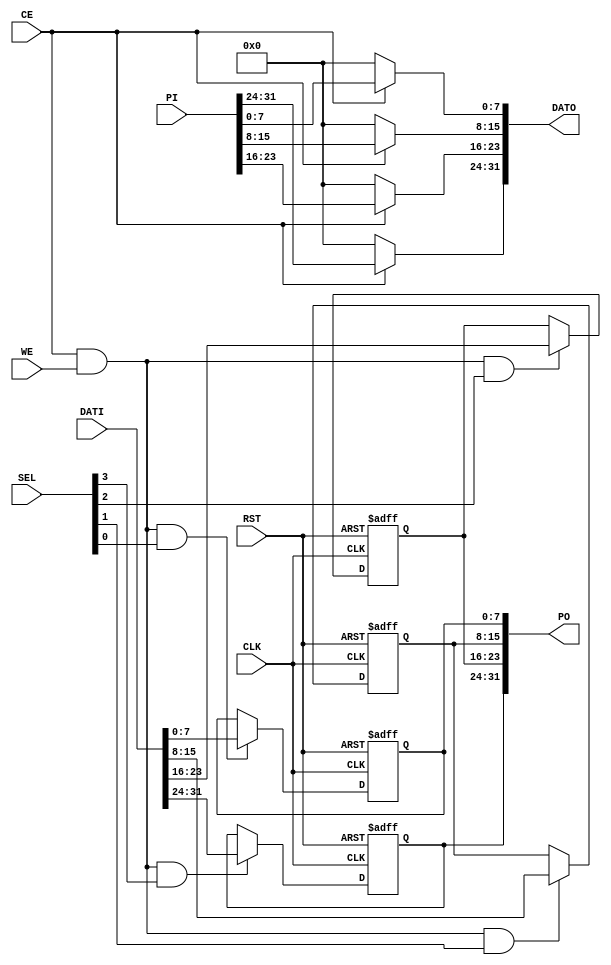
module pio (
               CLK, RST, 
               CE, WE, SEL, 
               DATI, DATO,
               PI, PO
           );

//-------------------
// Module I/O Signals
//-------------------
    input CLK;          // clock
    input RST;          // reset
    input CE;           // chip enable
    input WE;           // write enable (read = 0, write = 1)
    input [3:0]SEL;     // data valid position
    input [31:0] DATI;  // write data
    output [31:0] DATO; // read data
    input  [31:0] PI;   // PORT input
    output [31:0] PO;   // PORT output

//-----------------
// Internal Signals
//-----------------
    reg    [31:0] PIODATA;
    reg    [31:0] DATO;
    wire   [31:0] PO;

    assign PO = PIODATA;
 
//----------------------
// PIODATA R/W Operation
//----------------------
    always @(posedge CLK or posedge RST) begin
        if (RST == 1'b1)
            PIODATA[31:24] <= 8'h00;
        else if ((CE == 1'b1) && (WE == 1'b1) && (SEL[3] == 1'b1))
            PIODATA[31:24] <= DATI[31:24];
    end
    
    always @(posedge CLK or posedge RST) begin
        if (RST == 1'b1)
            PIODATA[23:16] <= 8'h00;
        else if ((CE == 1'b1) && (WE == 1'b1) && (SEL[2] == 1'b1))
            PIODATA[23:16] <= DATI[23:16];
    end
    
    always @(posedge CLK or posedge RST) begin
        if (RST == 1'b1)
            PIODATA[15: 8] <= 8'h00;
        else if ((CE == 1'b1) && (WE == 1'b1) && (SEL[1] == 1'b1))
            PIODATA[15: 8] <= DATI[15: 8];
    end
    
    always @(posedge CLK or posedge RST) begin
        if (RST == 1'b1)
            PIODATA[ 7: 0] <= 8'h00;
        else if ((CE == 1'b1) && (WE == 1'b1) && (SEL[0] == 1'b1))
            PIODATA[ 7: 0] <= DATI[ 7: 0];
    end

    always @(CE or PI) begin
        if (CE == 1'b1)
            begin
                DATO[31:24] <= PI[31:24];
                DATO[23:16] <= PI[23:16];
                DATO[15: 8] <= PI[15: 8];
                DATO[ 7: 0] <= PI[ 7: 0];
            end
        else
            begin
                DATO[31:0] <= 32'h00000000;
            end
    end

//======================================================
  endmodule